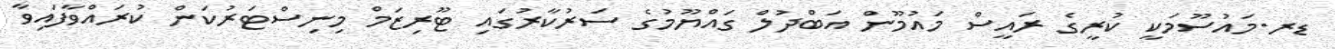
ޑރ.މައުސޫމަކީ ކުރީގެ ރައީސް މައުމޫން އަބްދުލް ގައްޔޫމުގެ ސަރުކާރުގައި ޓޫރިޒަމް މިނިސްޓަރުކަން ކުރައްވާފައިވާ